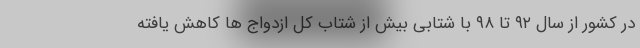
در کشور از سال ۹۲ تا ۹۸ با شتابی بیش از شتاب کل ازدواج ها کاهش یافته